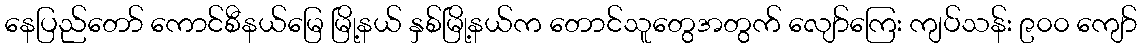
နေပြည်တော် ကောင်စီနယ်မြေ မြို့နယ် နှစ်မြို့နယ်က တောင်သူတွေအတွက် လျော်ကြေး ကျပ်သန်း ၉၀၀ ကျော်